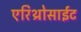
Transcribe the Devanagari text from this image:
एरिथ्रोसाईट